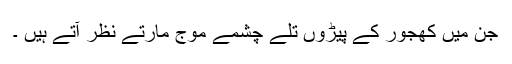
جن میں کھجور کے پیڑوں تلے چشمے موج مارتے نظر آتے ہیں ۔